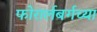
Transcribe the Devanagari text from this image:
फोरार्लबर्गच्या